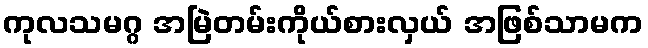
ကုလသမဂ္ဂ အမြဲတမ်းကိုယ်စားလှယ် အဖြစ်သာမက